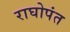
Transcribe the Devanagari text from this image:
राघोपंत